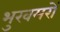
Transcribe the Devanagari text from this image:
भुखमरों